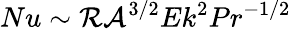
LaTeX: Nu\sim\mathcal{R}\mathcal{A}^{3/2}Ek^{2}Pr^{-1/2}